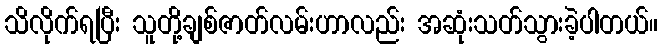
သိလိုက်ရပြီး သူတို့ချစ်ဇာတ်လမ်းဟာလည်း အဆုံးသတ်သွားခဲ့ပါတယ်။